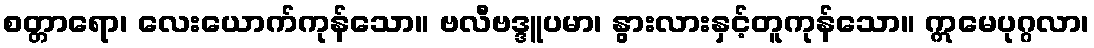
စတ္တာရော၊ လေးယောက်ကုန်သော။ ဗလီဗဒ္ဒူပမာ၊ နွားလားနှင့်တူကုန်သော။ ဣမေပုဂ္ဂလာ၊